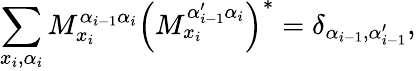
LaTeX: \sum_{x_{i},\alpha_{i}}M_{x_{i}}^{\alpha_{i-1}\alpha_{i}}\left(M_{x_{i}}^{\alpha_{i-1}^{\prime}\alpha_{i}}\right)^{*}=\delta_{\alpha_{i-1},\alpha_{i-1}^{\prime}},